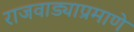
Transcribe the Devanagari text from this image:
राजवाड्याप्रमाणे